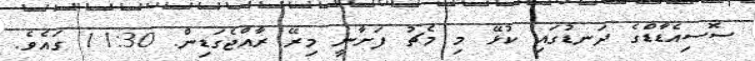
ސޮސިއެޑާޑްގެ ދަނޑުގައި ކުޅޭ މި މެޗު ފަށާނީ މިރޭ ރާއްޖެގަޑިން. 11:30 ގައެވެ.